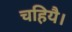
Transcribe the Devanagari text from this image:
चहियै।